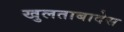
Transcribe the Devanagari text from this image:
खुलताबादेस